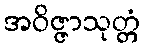
အဝိဇ္ဇာသုတ္တံ